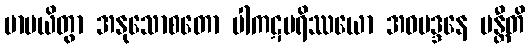
မာပယိတွာ အနုသောစတော ပါကဋပရိဿယော အဝမဒ္ဒနေ ပန္တီတိ